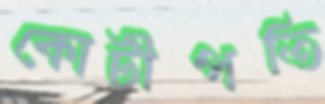
কোটীপতি